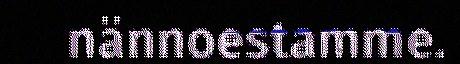
nännoestamme.